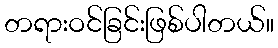
တရားဝင်ခြင်းဖြစ်ပါတယ်။